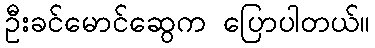
ဦးခင်မောင်ဆွေက ပြောပါတယ်။